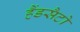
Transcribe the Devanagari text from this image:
हैंडसैटो